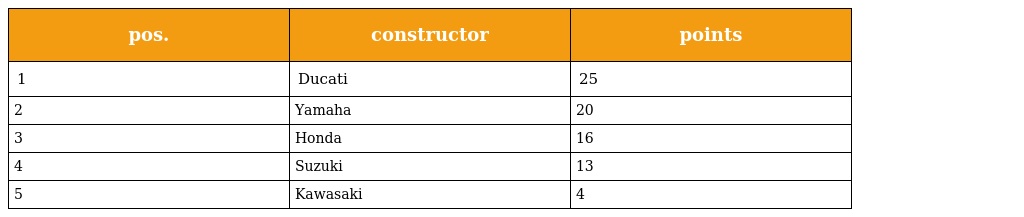
| pos. | constructor | points |
 | --- | --- | --- |
 | 1 | Ducati | 25 |
 | 2 | Yamaha | 20 |
 | 3 | Honda | 16 |
 | 4 | Suzuki | 13 |
 | 5 | Kawasaki | 4 |